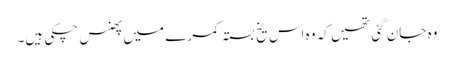
وہ جان گئی تھیں کہ وہ اس یخ بستہ کمرے میں پھنس چکی ہیں۔